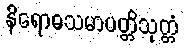
နိရောဓသမာပတ္တိသုတ္တံ